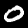
Label: 0